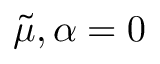
\tilde { \mu } , \alpha = 0